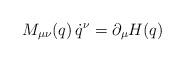
LaTeX: \begin{align*}M_{\mu \nu}(q) \, \dot q^\nu = \partial_\mu H(q)\end{align*}